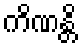
ကိဏန္တိ